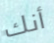
أنك